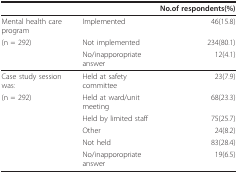
|  |  | No.of respondents(%) |
 | --- | --- | --- |
 | Mental health care program | Implemented | 46(15.8) |
 | (n = 292) | Not implemented | 234(80.1) |
 |  | No/inapporopriate answer | 12(4.1) |
 | Case study session was: | Held at safety committee | 23(7.9) |
 | (n = 292) | Held at ward/unit meeting | 68(23.3) |
 |  | Held by limited staff | 75(25.7) |
 |  | Other | 24(8.2) |
 |  | Not held | 83(28.4) |
 |  | No/inapporopriate answer | 19(6.5) |